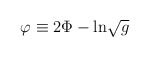
\begin{align*}\varphi \equiv 2\Phi - {\rm ln}\sqrt{g}\end{align*}